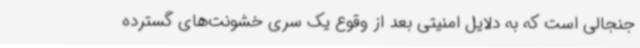
جنجالی است که به دلایل امنیتی بعد از وقوع یک سری خشونت‌های گسترده